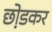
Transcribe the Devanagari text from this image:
छो़डकर